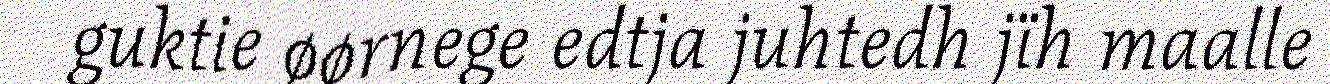
guktie øørnege edtja juhtedh jïh maalle